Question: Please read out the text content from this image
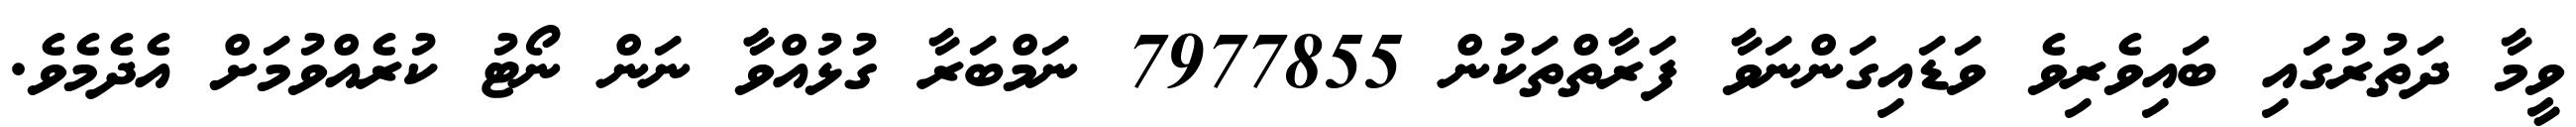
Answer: ވީމާ ދަތުރުގައި ބައިވެރިވެ ވަޑައިގަންނަވާ ފަރާތްތަކުން 7977855 ނަމްބަރާ ގުޅުއްވާާ ނަން ނޯޓު ކުރެއްވުމަށް އެދެމެވެ.